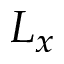
L _ { x }